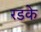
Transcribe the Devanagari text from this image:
रडके